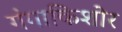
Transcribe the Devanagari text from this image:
गंगाकिशोर